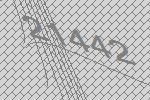
21442